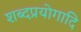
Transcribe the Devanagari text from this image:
शब्दप्रयोगादि